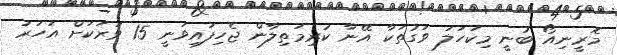
މޮރީނިއޯ ބުނީ މިކަހަލަ ވަގުތަކާ އޭނާ ކުރިމަތިލާން ޖެހިފައިވަނީ 15 ވަރަކަށް އަހަރު